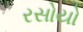
રસોયો